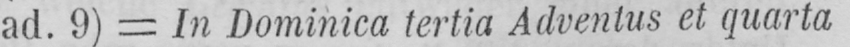
ad. 9) = In Dominica tertia Adventus et quarta